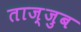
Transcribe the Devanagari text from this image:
ताज़्जुब